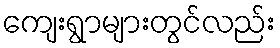
ကျေးရွာများတွင်လည်း